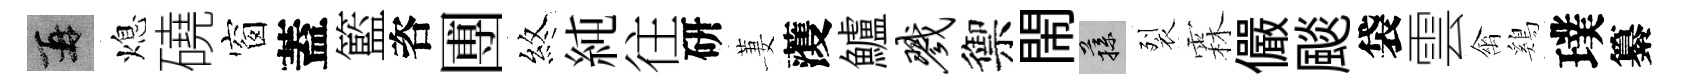
再熄磽窗蓋籃咨圑煞純往研萋𮑮鱸戮禦閙蓀裂霖儼颷袋雲禽鷄璞纂